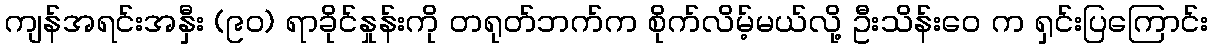
ကျန်အရင်းအနှီး (၉၀) ရာခိုင်နှုန်းကို တရုတ်ဘက်က စိုက်လိမ့်မယ်လို့ ဦးသိန်းဝေ က ရှင်းပြကြောင်း